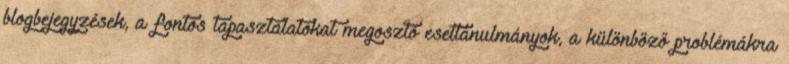
blogbejegyzések, a fontos tapasztalatokat megosztó esettanulmányok, a különböző problémákra